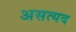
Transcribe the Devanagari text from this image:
असत्यव